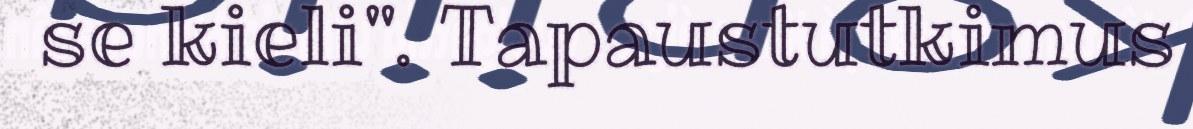
se kieli". Tapaustutkimus